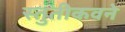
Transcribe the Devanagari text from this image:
स्तुतीकवने